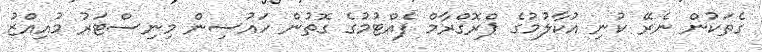
ގެތަކުން ނެރޭ ކުނި އުކާލުމުގެ ޕްރޮގްރާމް ފެއްޓުމުގެ ގޮތުން ހައުސިން މިނިސްޓަރު މުއިއްޒު